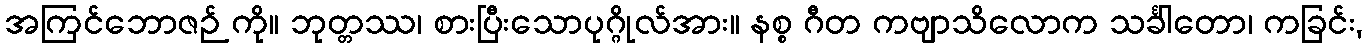
အကြင်ဘောဇဉ် ကို။ ဘုတ္တဿ၊ စားပြီးသောပုဂ္ဂိုလ်အား။ နစ္စ ဂီတ ကဗျာသိလောက သင်္ခါတော၊ ကခြင်း,